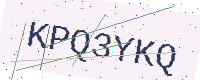
Text: KPQ3YKQ